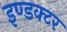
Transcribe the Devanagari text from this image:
इण्डक्टर